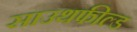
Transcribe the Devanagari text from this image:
साउथफील्ड